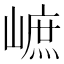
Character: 𡻠